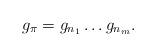
LaTeX: \begin{align*}g_{\pi}=g_{n_{1}}\dots g_{n_{m}}.\end{align*}